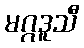
မဂ္ဂဒူသီ